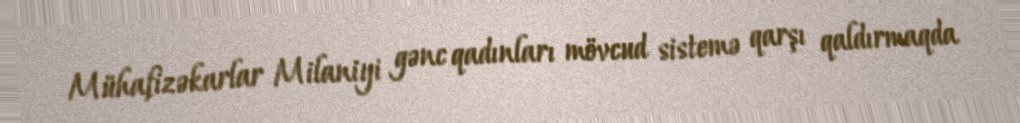
Mühafizəkarlar Milaniyi gənc qadınları mövcud sistemə qarşı qaldırmaqda